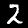
Digit: 2